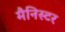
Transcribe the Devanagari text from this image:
मैनिस्टर